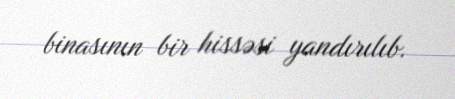
binasının bir hissəsi yandırılıb.